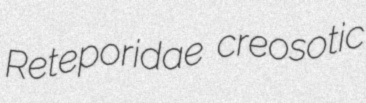
Reteporidae creosotic